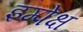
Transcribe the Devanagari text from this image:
इम्पेक्ष